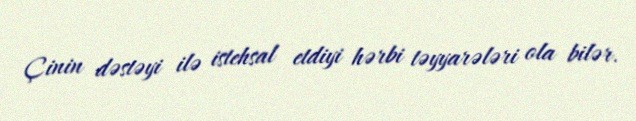
Çinin dəstəyi ilə istehsal etdiyi hərbi təyyarələri ola bilər.